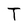
Character: T